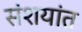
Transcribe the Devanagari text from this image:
संशयांत